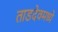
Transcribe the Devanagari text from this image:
ताडदेवमध्ये